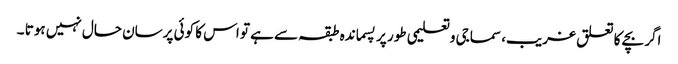
اگر بچے کا تعلق غریب، سماجی وتعلیمی طور پر پسماندہ طبقہ سے ہے تو اس کا کوئی پرسان حال نہیں ہوتا ۔